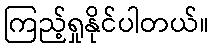
ကြည့်ရှုနိုင်ပါတယ်။